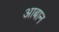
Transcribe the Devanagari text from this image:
आबान